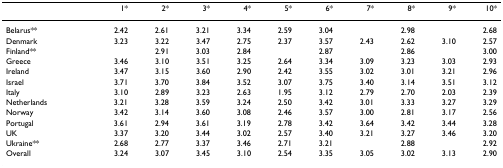
<table><thead><tr><td></td><td><b>1*</b></td><td><b>2*</b></td><td><b>3*</b></td><td><b>4*</b></td><td><b>5*</b></td><td><b>6*</b></td><td><b>7*</b></td><td><b>8*</b></td><td><b>9*</b></td><td><b>10*</b></td></tr></thead><tbody><tr><td>Belarus**</td><td>2.42</td><td>2.61</td><td>3.21</td><td>3.34</td><td>2.59</td><td>3.04</td><td></td><td>2.98</td><td></td><td>2.68</td></tr><tr><td>Denmark</td><td>3.23</td><td>3.22</td><td>3.47</td><td>2.75</td><td>2.37</td><td>3.57</td><td>2.43</td><td>2.62</td><td>3.10</td><td>2.57</td></tr><tr><td>Finland**</td><td></td><td>2.91</td><td>3.03</td><td>2.84</td><td></td><td>2.87</td><td></td><td>2.86</td><td></td><td>3.00</td></tr><tr><td>Greece</td><td>3.46</td><td>3.10</td><td>3.51</td><td>3.25</td><td>2.64</td><td>3.34</td><td>3.09</td><td>3.23</td><td>3.03</td><td>2.93</td></tr><tr><td>Ireland</td><td>3.47</td><td>3.15</td><td>3.60</td><td>2.90</td><td>2.42</td><td>3.55</td><td>3.02</td><td>3.01</td><td>3.21</td><td>2.96</td></tr><tr><td>Israel</td><td>3.71</td><td>3.70</td><td>3.84</td><td>3.52</td><td>3.07</td><td>3.75</td><td>3.40</td><td>3.14</td><td>3.51</td><td>3.12</td></tr><tr><td>Italy</td><td>3.10</td><td>2.89</td><td>3.23</td><td>2.63</td><td>1.95</td><td>3.12</td><td>2.79</td><td>2.70</td><td>2.03</td><td>2.39</td></tr><tr><td>Netherlands</td><td>3.21</td><td>3.28</td><td>3.59</td><td>3.24</td><td>2.50</td><td>3.42</td><td>3.01</td><td>3.33</td><td>3.27</td><td>3.29</td></tr><tr><td>Norway</td><td>3.42</td><td>3.14</td><td>3.60</td><td>3.08</td><td>2.46</td><td>3.57</td><td>3.00</td><td>2.81</td><td>3.17</td><td>2.56</td></tr><tr><td>Portugal</td><td>3.61</td><td>2.94</td><td>3.61</td><td>3.19</td><td>2.78</td><td>3.42</td><td>3.64</td><td>3.42</td><td>3.44</td><td>3.28</td></tr><tr><td>UK</td><td>3.37</td><td>3.20</td><td>3.44</td><td>3.02</td><td>2.57</td><td>3.40</td><td>3.21</td><td>3.27</td><td>3.46</td><td>3.20</td></tr><tr><td>Ukraine**</td><td>2.68</td><td>2.77</td><td>3.37</td><td>3.46</td><td>2.71</td><td>3.21</td><td></td><td>2.88</td><td></td><td>2.92</td></tr><tr><td>Overall</td><td>3.24</td><td>3.07</td><td>3.45</td><td>3.10</td><td>2.54</td><td>3.35</td><td>3.05</td><td>3.02</td><td>3.13</td><td>2.90</td></tr></tbody></table>